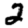
Digit: 2